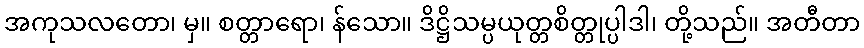
အကုသလတော၊ မှ။ စတ္တာရော၊ န်သော။ ဒိဋ္ဌိသမ္ပယုတ္တစိတ္တုပ္ပါဒါ၊ တို့သည်။ အတီတာ